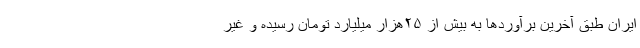
ایران طبق آخرین برآورد‌ها به بیش از ۲۵هزار میلیارد تومان رسیده و غیر